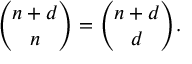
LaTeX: { \binom { n + d } { n } } = { \binom { n + d } { d } } .